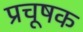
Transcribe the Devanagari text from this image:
प्रचूषक